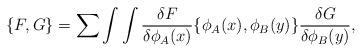
LaTeX: \begin{align*}\{ F,G\} =\sum\int\int {{\delta F} \over {\delta \phi_A(x)}}\{ \phi_A(x),\phi_B(y) \} {{\delta G} \over {\delta \phi_B(y)}},\end{align*}